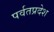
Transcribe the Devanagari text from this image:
पर्वतप्रदेश